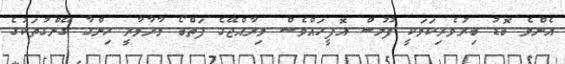
އެންމެ ބޮޑު ބިރުވެރިކަމަކީ ފުލުސް އޮފީހައްވެސް މިރާއްޖޭގެ ފަތްބޯ މާރާމާރީ ހިންގާ ގޭންގުތަކުގެ